Lunatic asylums Central Provinces reports 1895-1909 - 1895-1909
Year: 1895
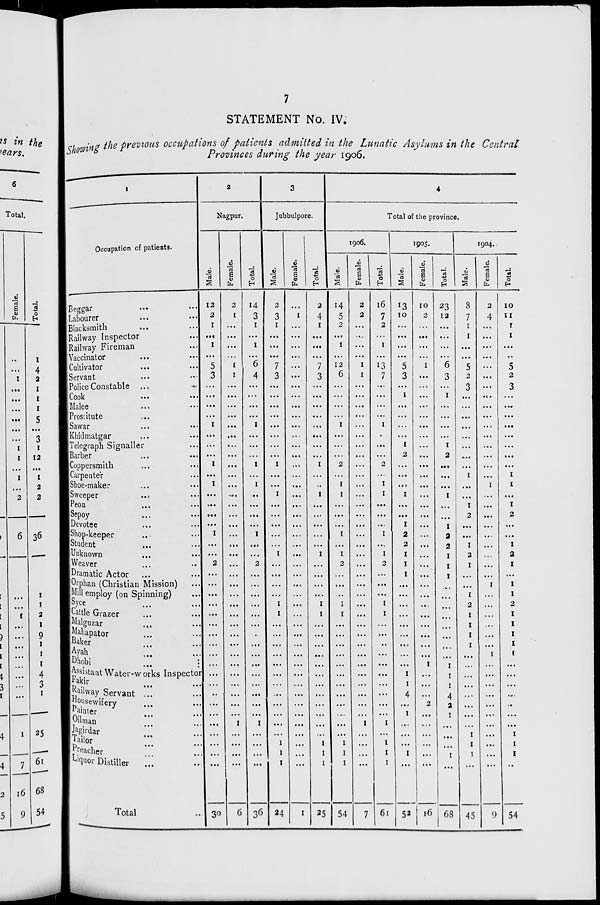
7
STATEMENT No. IV.
Showing the previous occupations of patients admitted in the Lunatic Asylums in the Central
Provinces during the year 1906.
1
Occupation of patients.
Beggar
...
...
Labourer ... ...
Blacksmith ... ...
Railway Inspector ... ...
Railway Fireman ... ...
Vaccinator
...
...
Cultivator ... ...
Servant ... ...
Police Constable ... ...
Cook ... ...
Malee... ...
Prostitute ... ...
Sawar ... ...
Khidmatgar ... ...
Telegraph Signaller ... ...
Barber ... ...
Coppersmith ... ...
Carpenter ... ...
Shoe-maker ... ...
Sweeper ... ...
Peon ... ...
Sepoy ... ...
Devotee ... ...
Shop-keeper ... ...
Student ... ...
Unknown ... ...
Weaver ... ...
Dramatic Actor ... ...
Orphan (Christian Mission) ...
Mill employ (on Spinning) ...
Syce
...
...
Cattle Grazer ... ...
Malguzar ... ...
Mahapator ... ...
Baker
...
...
Ayah ... ...
Dhobi ... ...
Assistant Water-works Inspector
Fakir ... ...
Railway Servant ... ...
Housewifery ... ...
Painter
...
...
Oilman
...
...
Jagirdar
...
...
Tailor ... ...
Preacher ... ...
Liquor Distiller ... ...
Total ...
2
Nagpur.
Male.
12
2
1
...
1
...
5
3
...
...
...
...
1
...
...
...
1
...
1
...
...
...
...
1
...
...
2
...
...
...
...
...
...
...
...
...
...
...
...
...
...
...
...
...
...
...
...
30
Female.
2
1
...
...
...
...
1
1
...
...
...
...
...
...
...
...
...
...
...
...
...
...
...
...
...
...
...
...
...
...
...
...
...
...
...
...
...
...
...
...
...
...
1
...
...
...
...
6
Total.
14
3
1
...
1
...
6
4
...
...
...
...
1
...
...
...
1
...
1
...
...
...
...
1
...
...
2
...
...
...
...
...
...
...
...
...
...
...
...
...
...
...
1
...
...
...
...
36
3
Jubbulpore.
Male.
2
3
1
...
...
...
7
3
...
...
...
...
...
...
...
...
1
...
...
1
...
...
...
...
...
1
...
...
...
...
1
1
...
...
...
...
...
...
...
...
...
...
...
...
1
1
1
24
Female.
...
1
...
...
...
...
...
...
...
...
...
...
...
...
...
...
...
...
...
...
...
...
...
...
...
...
...
...
...
...
...
...
...
...
...
...
...
...
...
...
...
...
...
...
...
...
...
1
Total.
2
4
1
...
...
...
7
3
...
...
...
...
...
...
...
...
1
...
...
1
...
...
...
...
...
1
...
...
...
...
1
1
...
...
...
...
...
...
...
...
...
...
...
...
1
1
1
25
4
Total of the province.
1906.
Male.
14
5
2
...
1
...
12
6
...
...
...
...
1
...
...
...
2
...
1
1
...
...
...
1
...
1
2
...
...
...
1
1
...
...
...
...
...
...
...
...
...
...
...
...
1
1
1
54
Female.
2
2
...
...
...
...
1
1
...
...
...
...
...
...
...
...
...
...
...
...
...
...
...
...
...
...
...
...
...
...
...
...
...
...
...
...
...
...
...
...
...
...
1
...
...
...
...
7
Total.
16
7
2
...
1
...
13
7
...
...
...
...
1
...
...
...
2
...
1
1
...
...
...
1
...
1
2
...
...
...
1
1
...
...
...
...
...
...
...
...
...
...
1
...
1
1
1
61
1905.
Male.
13
10
...
...
...
...
5
3
...
1
...
...
...
...
1
2
...
...
...
1
...
...
1
2
2
1
1
1
...
...
...
...
...
...
...
...
...
1
1
4
...
1
...
...
...
1
...
52
Female.
10
2
...
...
...
...
1
...
...
...
...
...
...
...
...
...
...
...
...
...
...
...
...
...
...
...
...
...
...
...
...
...
...
...
...
...
1
...
...
...
2
...
...
...
...
...
...
16
Total.
23
12
...
...
...
...
6
3
...
1
...
...
...
...
1
2
...
...
...
1
...
...
1
2
2
1
1
1
...
...
...
...
...
...
...
...
1
1
1
4
2
1
...
...
...
1
...
68
1904.
Male.
8
7
1
1
...
...
5
2
3
...
...
...
...
...
...
...
...
1
...
...
1
2
...
...
1
2
1
...
...
1
2
1
1
1
1
...
...
...
...
...
...
...
...
1
1
1
...
45
Female.
2
4
...
...
...
...
...
...
...
...
...
...
...
...
...
...
...
...
1
...
...
...
...
...
...
...
...
...
1
...
...
...
...
...
...
1
...
...
...
...
...
...
...
...
...
...
...
9
Total.
10
11
1
1
...
...
5
2
3
...
...
...
...
...
...
...
...
1
1
...
1
2
...
...
1
2
1
...
1
1
2
1
1
1
1
1
...
...
...
...
...
...
...
1
1
1
...
54